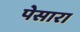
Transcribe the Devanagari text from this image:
पेसारा